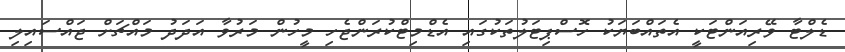
ޑެލްޓާ ވޭރިއަންޓަކީ އެތައްބަޔަކު ހޮސްޕިޓަލުތަކުގައި އެޑްމިޓްކުރަންޖެހި މީހުން މަރުވާ އަދަދު މައްޗަށް ޖައްސައިލި